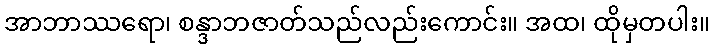
အာဘာဿရော၊ စန္ဒာဘဇာတ်သည်လည်းကောင်း။ အထ၊ ထိုမှတပါး။